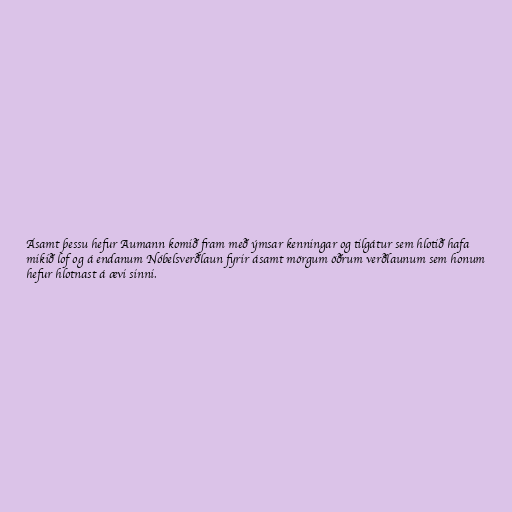
Ásamt þessu hefur Aumann komið fram með ýmsar kenningar og tilgátur sem hlotið hafa
mikið lof og á endanum Nóbelsverðlaun fyrir ásamt mörgum öðrum verðlaunum sem honum
hefur hlotnast á ævi sinni.